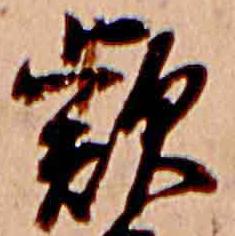
款